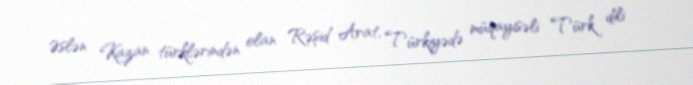
Əslən Kazan türklərindən olan Rəşid Arat, Türkiyədə müqayisəli Türk dili